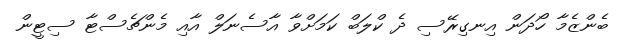
ބެންޒެމާ ހޯދަން އިނގިރޭސި ދެ ކްލަބް ކަމަށްވާ އާސެނަލް އާއި މެންޗެސްޓާ ސިޓީން